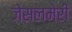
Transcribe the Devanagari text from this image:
जेसलमेरी